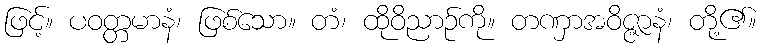
ဖြင့်။ ပဝတ္တမာနံ၊ ဖြစ်သော။ တံ၊ ထိုဝိညာဉ်ကို။ တဏှာအဝိဇ္ဇာနံ၊ တို့၏။